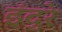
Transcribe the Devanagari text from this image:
इंदुरे